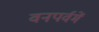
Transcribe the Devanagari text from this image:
वनपर्वमें